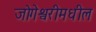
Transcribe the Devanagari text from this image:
जोगेश्वरीमधील